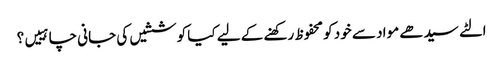
الٹے سیدھے مواد سے خود کو محفوظ رکھنے کے لیے کیا کوششیں کی جانی چاہییں؟